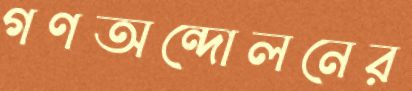
গণঅন্দোলনের